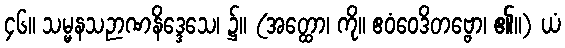
၄၆။ သမ္မနသဉာဏနိဒ္ဒေသေ၊ ၌။ (အတ္ထော၊ ကို။ ဧဝံဝေဒိတဗ္ဗော၊ ၏။) ယံ